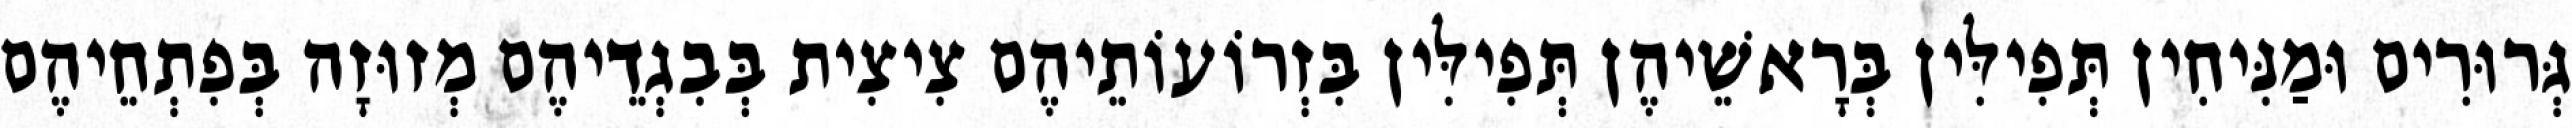
גְּרוּרִים וּמַנִּיחִין תְּפִילִּין בְּרָאשֵׁיהֶן תְּפִילִּין בִּזְרוֹעוֹתֵיהֶם צִיצִית בְּבִגְדֵיהֶם מְזוּזָה בְּפִתְחֵיהֶם